Leaving Certificate Examination (including Day School Certificate (Higher) General paper), 1930
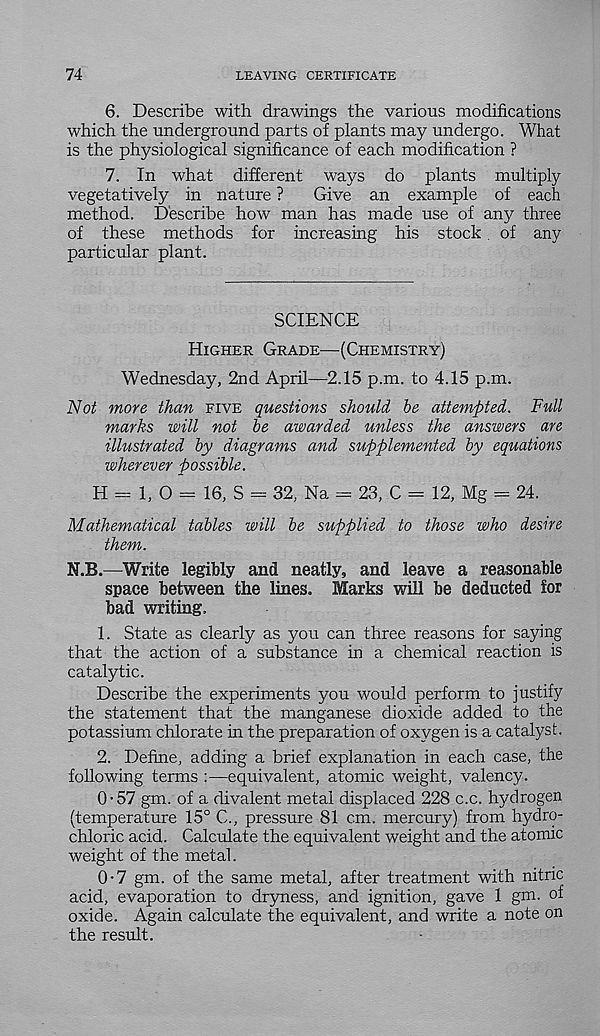
74
LEAVING CERTIFICATE
6. Describe with drawings the various modifications
which the underground parts of plants may undergo. What
is the physiological significance of each modification ?
7. In what different ways do plants multiply
vegetatively in nature ?
Give an example of each
method. Describe how man has made use of any three
of these methods for increasing his stock of any
particular plant.
SCIENCE
Higher Grade—(Chemistry)
Wednesday, 2nd April—2.15 p.m. to 4.15 p.m.
Not more than five questions should be attempted. Full
marks will not be awarded unless the answers are
illustrated by diagrams and supplemented by equations
wherever possible.
H = 1, O = 16, S = 32, Na = 23, C = 12, Mg - 24.
Mathematical tables will be supplied to those who desire
them.
N.B.—Write legibly and neatly, and leave a reasonable
space between the lines. Marks will be deducted for
bad writing,
1. State as clearly as you can three reasons for saying
that the action of a substance in a chemical reaction is
catalytic.
Describe the experiments you would perform to justify
the statement that the manganese dioxide added to the
potassium chlorate in the preparation of oxygen is a catalyst.
2. Define, adding a brief explanation in each case, the
following terms :—equivalent, atomic weight, valency.
0-57 gm. of a divalent metal displaced 228 c.c. hydrogen
(temperature 15° C., pressure 81 cm. mercury) from hydro-
chloric acid. Calculate the equivalent weight and the atomic
weight of the metal.
0-7 gm. of the same metal, after treatment with nitric
acid, evaporation to dryness, and ignition, gave 1 gm. of
oxide. Again calculate the equivalent, and write a note on
the result.